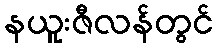
နယူးဇီလန်တွင်